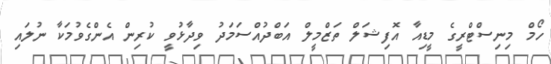
ހޯމް މިނިސްޓްރީގެ މީޑިއާ އޮފިޝަލް ތަޒްމީލް އަބްދުއްސަމަދު ވިދާޅުވީ ކުރިން އެންގެވުމަކާ ނުލައި